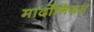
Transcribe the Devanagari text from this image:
मार्दोंनियस